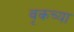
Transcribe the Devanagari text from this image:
वृकच्या